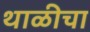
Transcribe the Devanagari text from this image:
थाळीचा